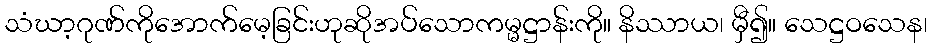
သံဃာ့ဂုဏ်ကိုအောက်မေ့ခြင်းဟုဆိုအပ်သောကမ္မဋ္ဌာန်းကို။ နိဿာယ၊ မှီ၍။ သေဋ္ဌဝသေန၊